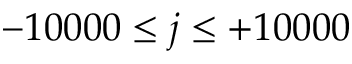
- 1 0 0 0 0 \le j \le + 1 0 0 0 0